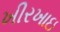
ખીરખાઇ